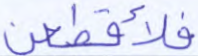
فلأقطعن